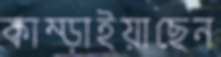
কাম্‌ড়াইয়াছেন